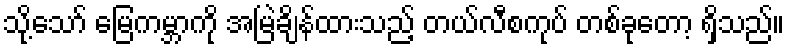
သို့သော် မြေကမ္ဘာကို အမြဲချိန်ထားသည့် တယ်လီစကုပ် တစ်ခုတော့ ရှိသည်။